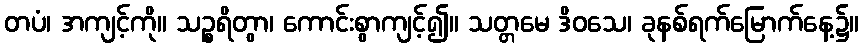
တပံ၊ အကျင့်ကို။ သဉ္စရိတွာ၊ ကောင်းစွာကျင့်၍။ သတ္တမေ ဒိဝသေ၊ ခုနစ်ရက်မြောက်နေ့၌။